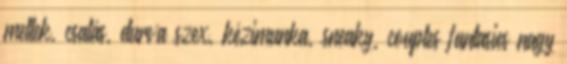
mellek, csalás, durva szex, kézimunka, sneaky, couples fantasies nagy